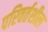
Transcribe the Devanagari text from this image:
परिवर्तशील